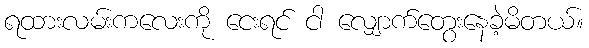
ရထားလမ်းကလေးကို ငေးရင် ငါ လျှောက်တွေးနေခဲ့မိတယ်။